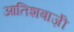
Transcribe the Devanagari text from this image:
आतिशबाज़ीे